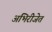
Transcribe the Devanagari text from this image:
अभिरीजेत